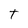
Character: T